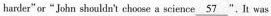
harder"or“John shouldn't choose a science \underline{57} ". It was